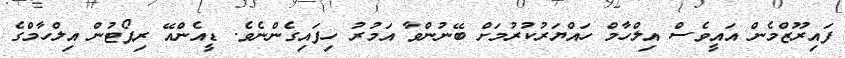
ފައިރޫޒްމެން އައީވެސް އިލްހާމް ހައްޔަރުކުރުމަށް ބޭނުންވާ އަމުރު ހިފައިގެންނެވެ. ޑީއެންއޭ ރިޕޯޓުން އިލްހާމްގެ